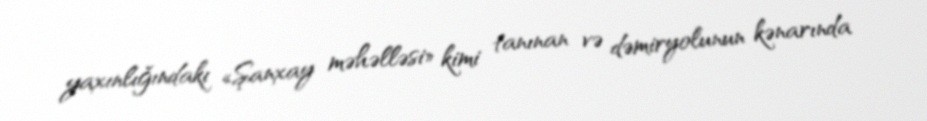
yaxınlığındakı «Şanxay məhəlləsi» kimi tanınan və dəmiryolunun kənarında